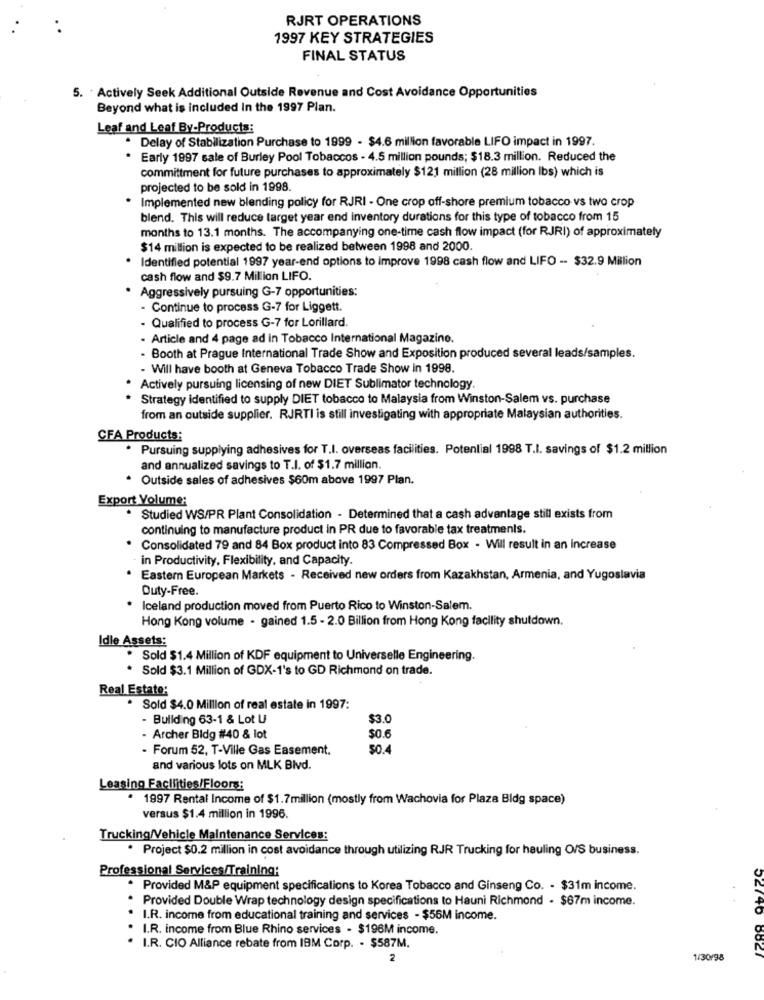
RJRT OPERATIONS
1997 KEY STRATEGIES
FINAL STATUS
5. · Actively Seek Additional Outside Revenue and Cost Avoidance Opportunities
Beyond what is included In the 1997 Plan.
Leaf and Leaf By-Products:
* Delay of Stabilization Purchase to 1999 - $4.6 million favorable LIFO impact in 1997.
. Early 1997 sale of Burley Pool Tobaccos - 4.5 million pounds; $18.3 million. Reduced the
committment for future purchases to approximately $121 million (28 million Ibs) which is
projected to be sold in 1998.
· Implemented new blending policy for RJRI - One crop off-shore premium tobacco vs two crop
blend. This will reduce target year end inventory durations for this type of tobacco from 15
months to 13.1 months. The accompanying one-time cash flow impact (for RJRI) of approximately
$14 million is expected to be realized between 1998 and 2000.
Identified potential 1997 year-end options to improve 1998 cash flow and LIFO -- $32.9 Million
cash flow and $9.7 Million LIFO.
Aggressively pursuing G-7 opportunities:
- Continue to process G-7 for Liggett.
- Qualified to process G-7 for Lorillard.
- Article and 4 page ad in Tobacco International Magazine.
- Booth at Prague International Trade Show and Exposition produced several leads/samples.
- Will have booth at Geneva Tobacco Trade Show in 1998.
Actively pursuing licensing of new DIET Sublimator technology.
Strategy identified to supply DIET tobacco to Malaysia from Winston-Salem vs. purchase
from an outside supplier. RJRTI is still investigating with appropriate Malaysian authorities.
CFA Products:
* Pursuing supplying adhesives for T.I. overseas facilities. Potential 1998 T.I. savings of $1.2 million
and annualized savings to T.I. of $1.7 million.
· Outside sales of adhesives $60m above 1997 Plan.
Export Volume:
. Studied WS/PR Plant Consolidation - Determined that a cash advantage still exists from
continuing to manufacture product in PR due to favorable tax treatments.
. Consolidated 79 and 84 Box product into 83 Compressed Box - Will result in an increase
- in Productivity, Flexibility, and Capacity.
Eastern European Markets - Received new orders from Kazakhstan, Armenia, and Yugoslavia
Duty-Free.
* Iceland production moved from Puerto Rico to Winston-Salem.
Hong Kong volume - gained 1.5 - 2.0 Billion from Hong Kong facility shutdown.
Idle Assets:
Sold $1.4 Million of KDF equipment to Universelle Engineering.
* Sold $3.1 Million of GDX-1's to GD Richmond on trade.
Real Estate:
. Sold $4.0 Million of real estate in 1997:
- Building 63-1 & Lot U
$3.0
- Archer Bidg #40 & lot
$0.6
- Forum 52, T-Ville Gas Easement.
50.4
and various lots on MLK Blvd.
Leasing Facilities/Floors:
. 1997 Rental Income of $1.7million (mostly from Wachovia for Plaza Bldg space)
versus $1.4 million in 1996.
Trucking/Vehicle Maintenance Services:
· Project $0.2 million in cost avoidance through utilizing RJR Trucking for hauling O/S business.
Professional Services/Training:
· Provided M&P equipment specifications to Korea Tobacco and Ginseng Co. - $31m income.
Provided Double Wrap technology design specifications to Hauni Richmond . $67m income.
. I.R. income from educational training and services - $56M income.
. I.R. income from Blue Rhino services - $196M income.
. I.R. CIO Alliance rebate from IBM Corp. - $587M.
2
1/30/98
52740 BO2I